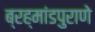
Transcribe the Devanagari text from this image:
ब्रह्मांडपुराणे